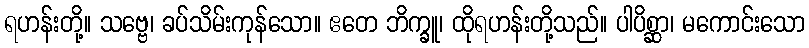
ရဟန်းတို့။ သဗ္ဗေ၊ ခပ်သိမ်းကုန်သော။ ဧတေ ဘိက္ခူ၊ ထိုရဟန်းတို့သည်။ ပါပိစ္ဆာ၊ မကောင်းသော